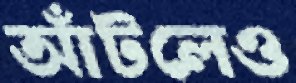
আঁটলেও